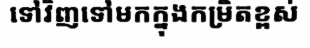
ទៅវិញទៅមកក្នុងកម្រិតខ្ពស់